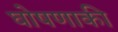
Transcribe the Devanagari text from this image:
घोषणाकी